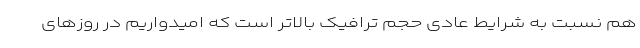
هم نسبت به شرایط عادی حجم ترافیک بالاتر است که امیدواریم در روزهای